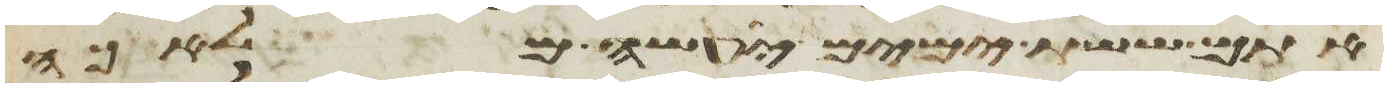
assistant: אתם ששת ימים יעשה מלאכה